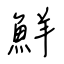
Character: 鮮